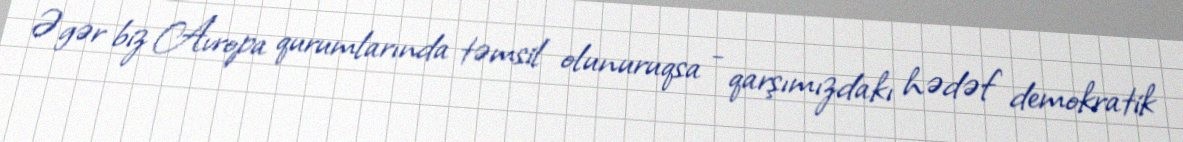
Əgər biz Avropa qurumlarında təmsil olunuruqsa - qarşımızdakı hədəf demokratik